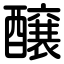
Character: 醸